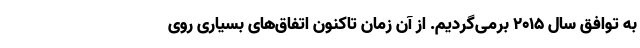
به توافق سال ۲۰۱۵ برمی‌گردیم. از آن زمان تاکنون اتفاق‌های بسیاری روی